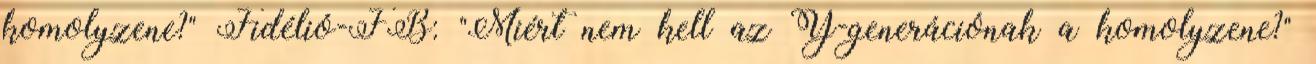
komolyzene?" Fidélió-FB: "Miért nem kell az Y-generációnak a komolyzene?"